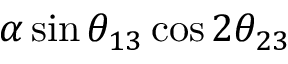
\alpha \sin \ensuremath { \theta _ { 1 3 } } \cos 2 \ensuremath { \theta _ { 2 3 } }